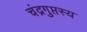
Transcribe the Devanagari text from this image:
चंद्रगुप्तस्य